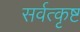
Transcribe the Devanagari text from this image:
सर्वत्कृष्ट